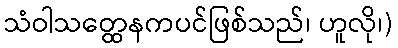
သံဝါသတ္ထေနကပင်ဖြစ်သည်၊ ဟူလို၊)